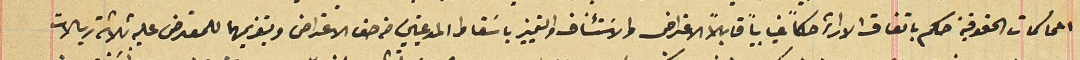
المحاكمات الحقوقية حكم باتفاق الاراء حكماً غياباً قابلاً الاعتراض والاسَتئناف والتمييز باسَقاط المدعيين من حق الاعتراض وبتغريمها للمعترض عليه ثلاثة ريالات